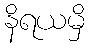
နိရယမှိ